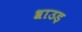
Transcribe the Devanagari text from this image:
श्राउड़